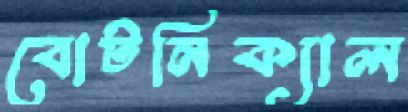
বোটনিক্যাল